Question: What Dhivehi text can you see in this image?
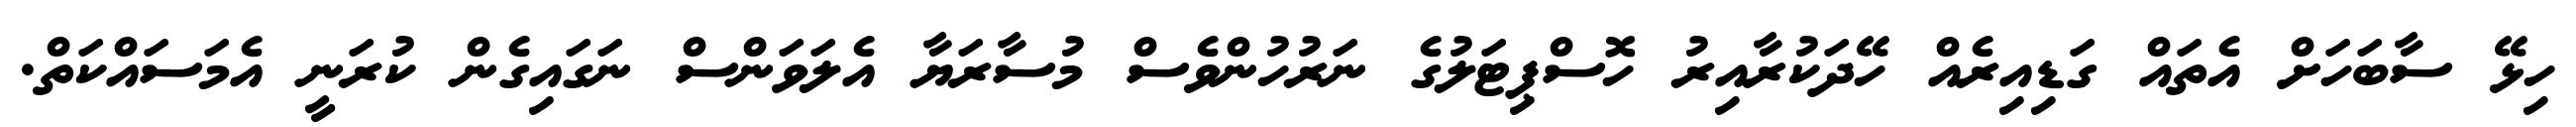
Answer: ހިޅޭ ސާބަހަށް އެތައް ގަޑިއިރެއް ހޭދަކުރާއިރު ހޮސްޕިޓަލުގެ ނަރުހުންވެސް މުސާރަޔާ އެލަވަންސް ނަގައިގެން ކުރަނީ އެމަސައްކަތް.